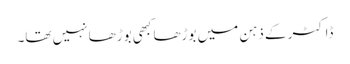
ڈاکٹر کے ذہن میں بوڑھا کبھی بوڑھا نہیں تھا۔